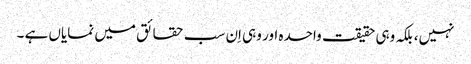
نہیں، بلکہ وہی حقیقت واحدہ اور وہی اِن سب حقائق میں نمایاں ہے ۔